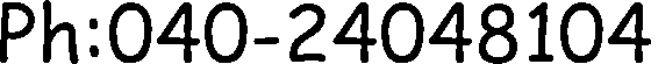
Ph:040-24048104